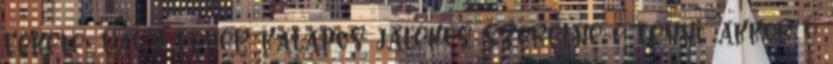
fekete, vagy fehér kalapos játékos szeretne-e lenni, akkor ő